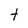
Character: t